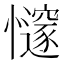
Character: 𢤪